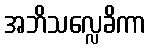
အဘိသလ္လေခိကာ